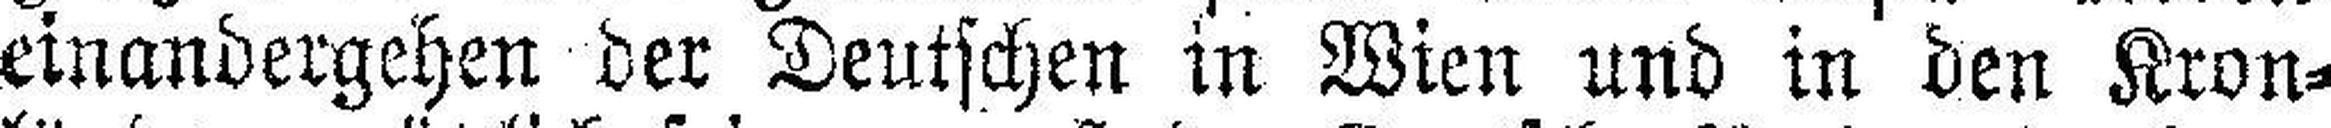
einandergehen der Deutschen in Wien und in den Kron¬